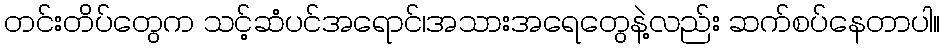
တင်းတိပ်တွေက သင့်ဆံပင်အရောင်၊အသားအရေတွေနဲ့လည်း ဆက်စပ်နေတာပါ။